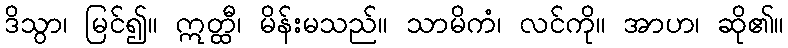
ဒိသွာ၊ မြင်၍။ ဣတ္ထီ၊ မိန်းမသည်။ သာမိကံ၊ လင်ကို။ အာဟ၊ ဆို၏။